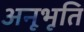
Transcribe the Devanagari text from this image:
अनूभूति